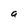
Character: a